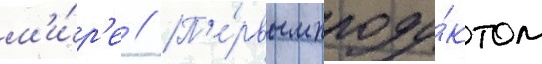
м'и́р'е // П'е́рвым проду́ктом